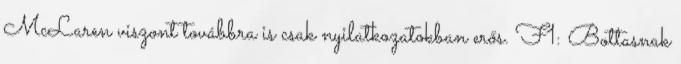
McLaren viszont továbbra is csak nyilatkozatokban erős. F1: Bottasnak